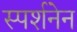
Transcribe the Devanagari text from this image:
स्पर्शनेन